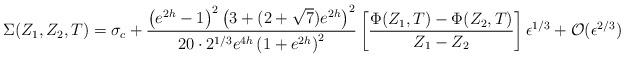
LaTeX: \begin{align*}\Sigma(Z_1,Z_2,T) =\sigma_c + {\left(e^{2h}-1\right)^2 \left(3+(2+\sqrt{7})e^{2h}\right)^2\over 20\cdot 2^{1/3} e^{4h} \left(1+e^{2h}\right)^2} \left[{{\Phi(Z_1,T)-\Phi(Z_2,T)}\over {Z_1 - Z_2}}\right] \epsilon^{1/3} + {\cal O}(\epsilon^{2/3})\end{align*}